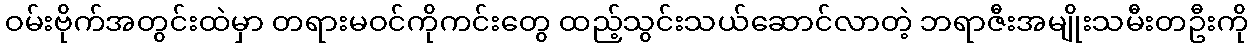
ဝမ်းဗိုက်အတွင်းထဲမှာ တရားမဝင်ကိုကင်းတွေ ထည့်သွင်းသယ်ဆောင်လာတဲ့ ဘရာဇီးအမျိုးသမီးတဦးကို